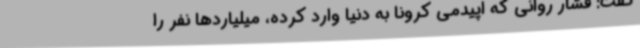
گفت: فشار روانی که اپیدمی کرونا به دنیا وارد کرده، میلیاردها نفر را